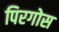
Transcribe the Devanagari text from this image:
पिरगोस